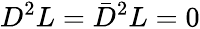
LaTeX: D^{2}L=\bar{D}^{2}L=0